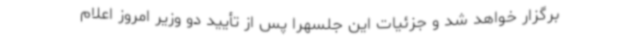
برگزار خواهد شد و جزئیات این جلسهرا پس از تأیید دو وزیر امروز اعلام